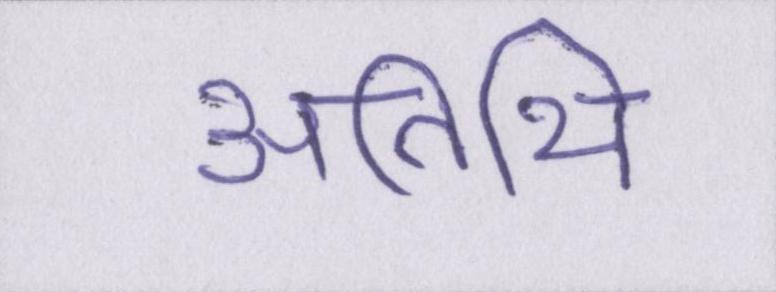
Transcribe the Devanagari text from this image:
अतिथि